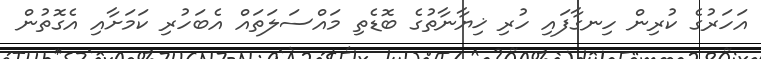
އަހަރުގެ ކުރިން ހިނގާފައި ހުރި ޚިޔާނާތުގެ ބޮޑެތި މައްސަލަތައް އެބަހުރި ކަމަށާއި އެގޮތުން